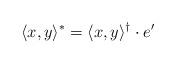
LaTeX: \begin{align*} \langle x, y \rangle^* = \langle x, y \rangle^{\dagger} \cdot e' \end{align*}